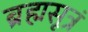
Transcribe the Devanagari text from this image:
ब्रह्मसूत्रं